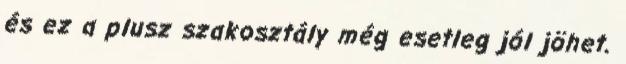
és ez a plusz szakosztály még esetleg jól jöhet.